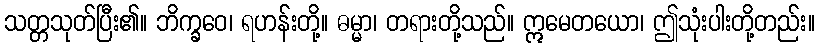
သတ္တသုတ်ပြီး၏။ ဘိက္ခဝေ၊ ရဟန်းတို့။ ဓမ္မာ၊ တရားတို့သည်။ ဣမေတယော၊ ဤသုံးပါးတို့တည်း။